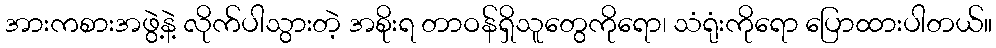
အားကစားအဖွဲ့နဲ့ လိုက်ပါသွားတဲ့ အစိုးရ တာဝန်ရှိသူတွေကိုရော၊ သံရုံးကိုရော ပြောထားပါတယ်။